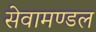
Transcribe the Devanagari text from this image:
सेवामण्डल